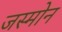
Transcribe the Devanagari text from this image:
जस्मोन